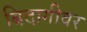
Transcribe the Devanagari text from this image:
बिदागीवर